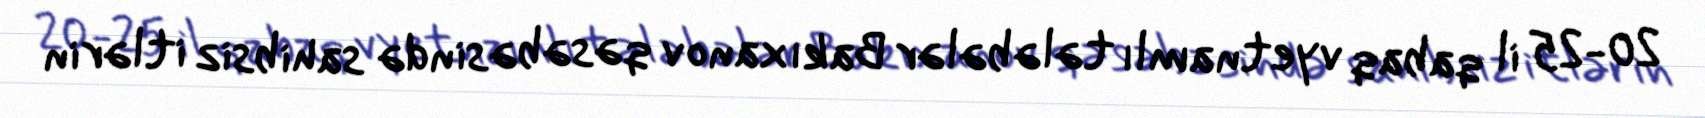
20-25 il qabaq vyetnamlı tələbələr Bakıxanov qəsəbəsində sahibsiz itlərin